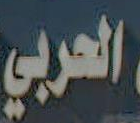
العربي